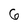
Character: 6